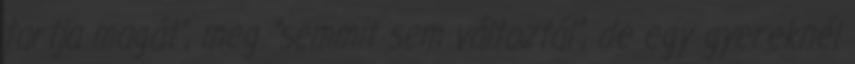
tartja magát”, meg “semmit sem változtál”, de egy gyereknél